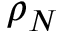
\rho _ { N }